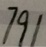
7 9 1